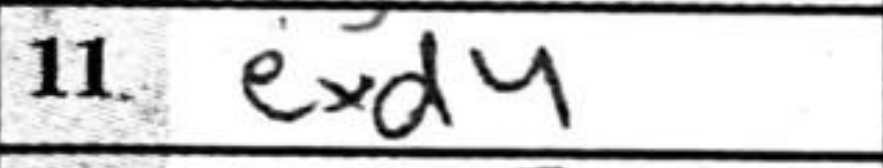
Transcription: exd4